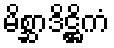
မိစ္ဆာဒိဋ္ဌိကံ